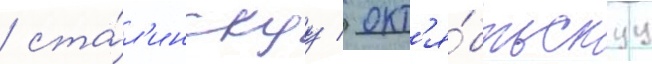
/ ста́л'инскуу / окт'я́брьскуу